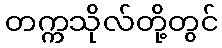
တက္ကသိုလ်တို့တွင်